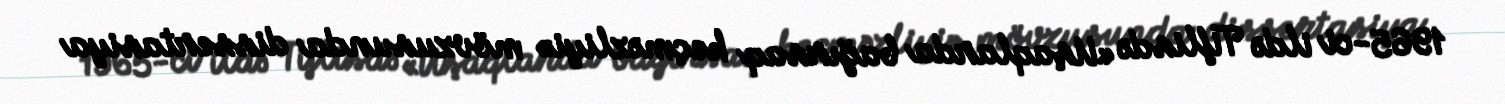
1965-ci ildə Tiflisdə «Uşaqlarda bağırsaq keçməzliyi» mövzusunda dissertasiya